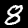
Digit: 8